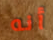
أنه